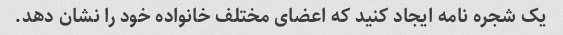
یک شجره نامه ایجاد کنید که اعضای مختلف خانواده خود را نشان دهد.